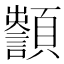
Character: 𩕵